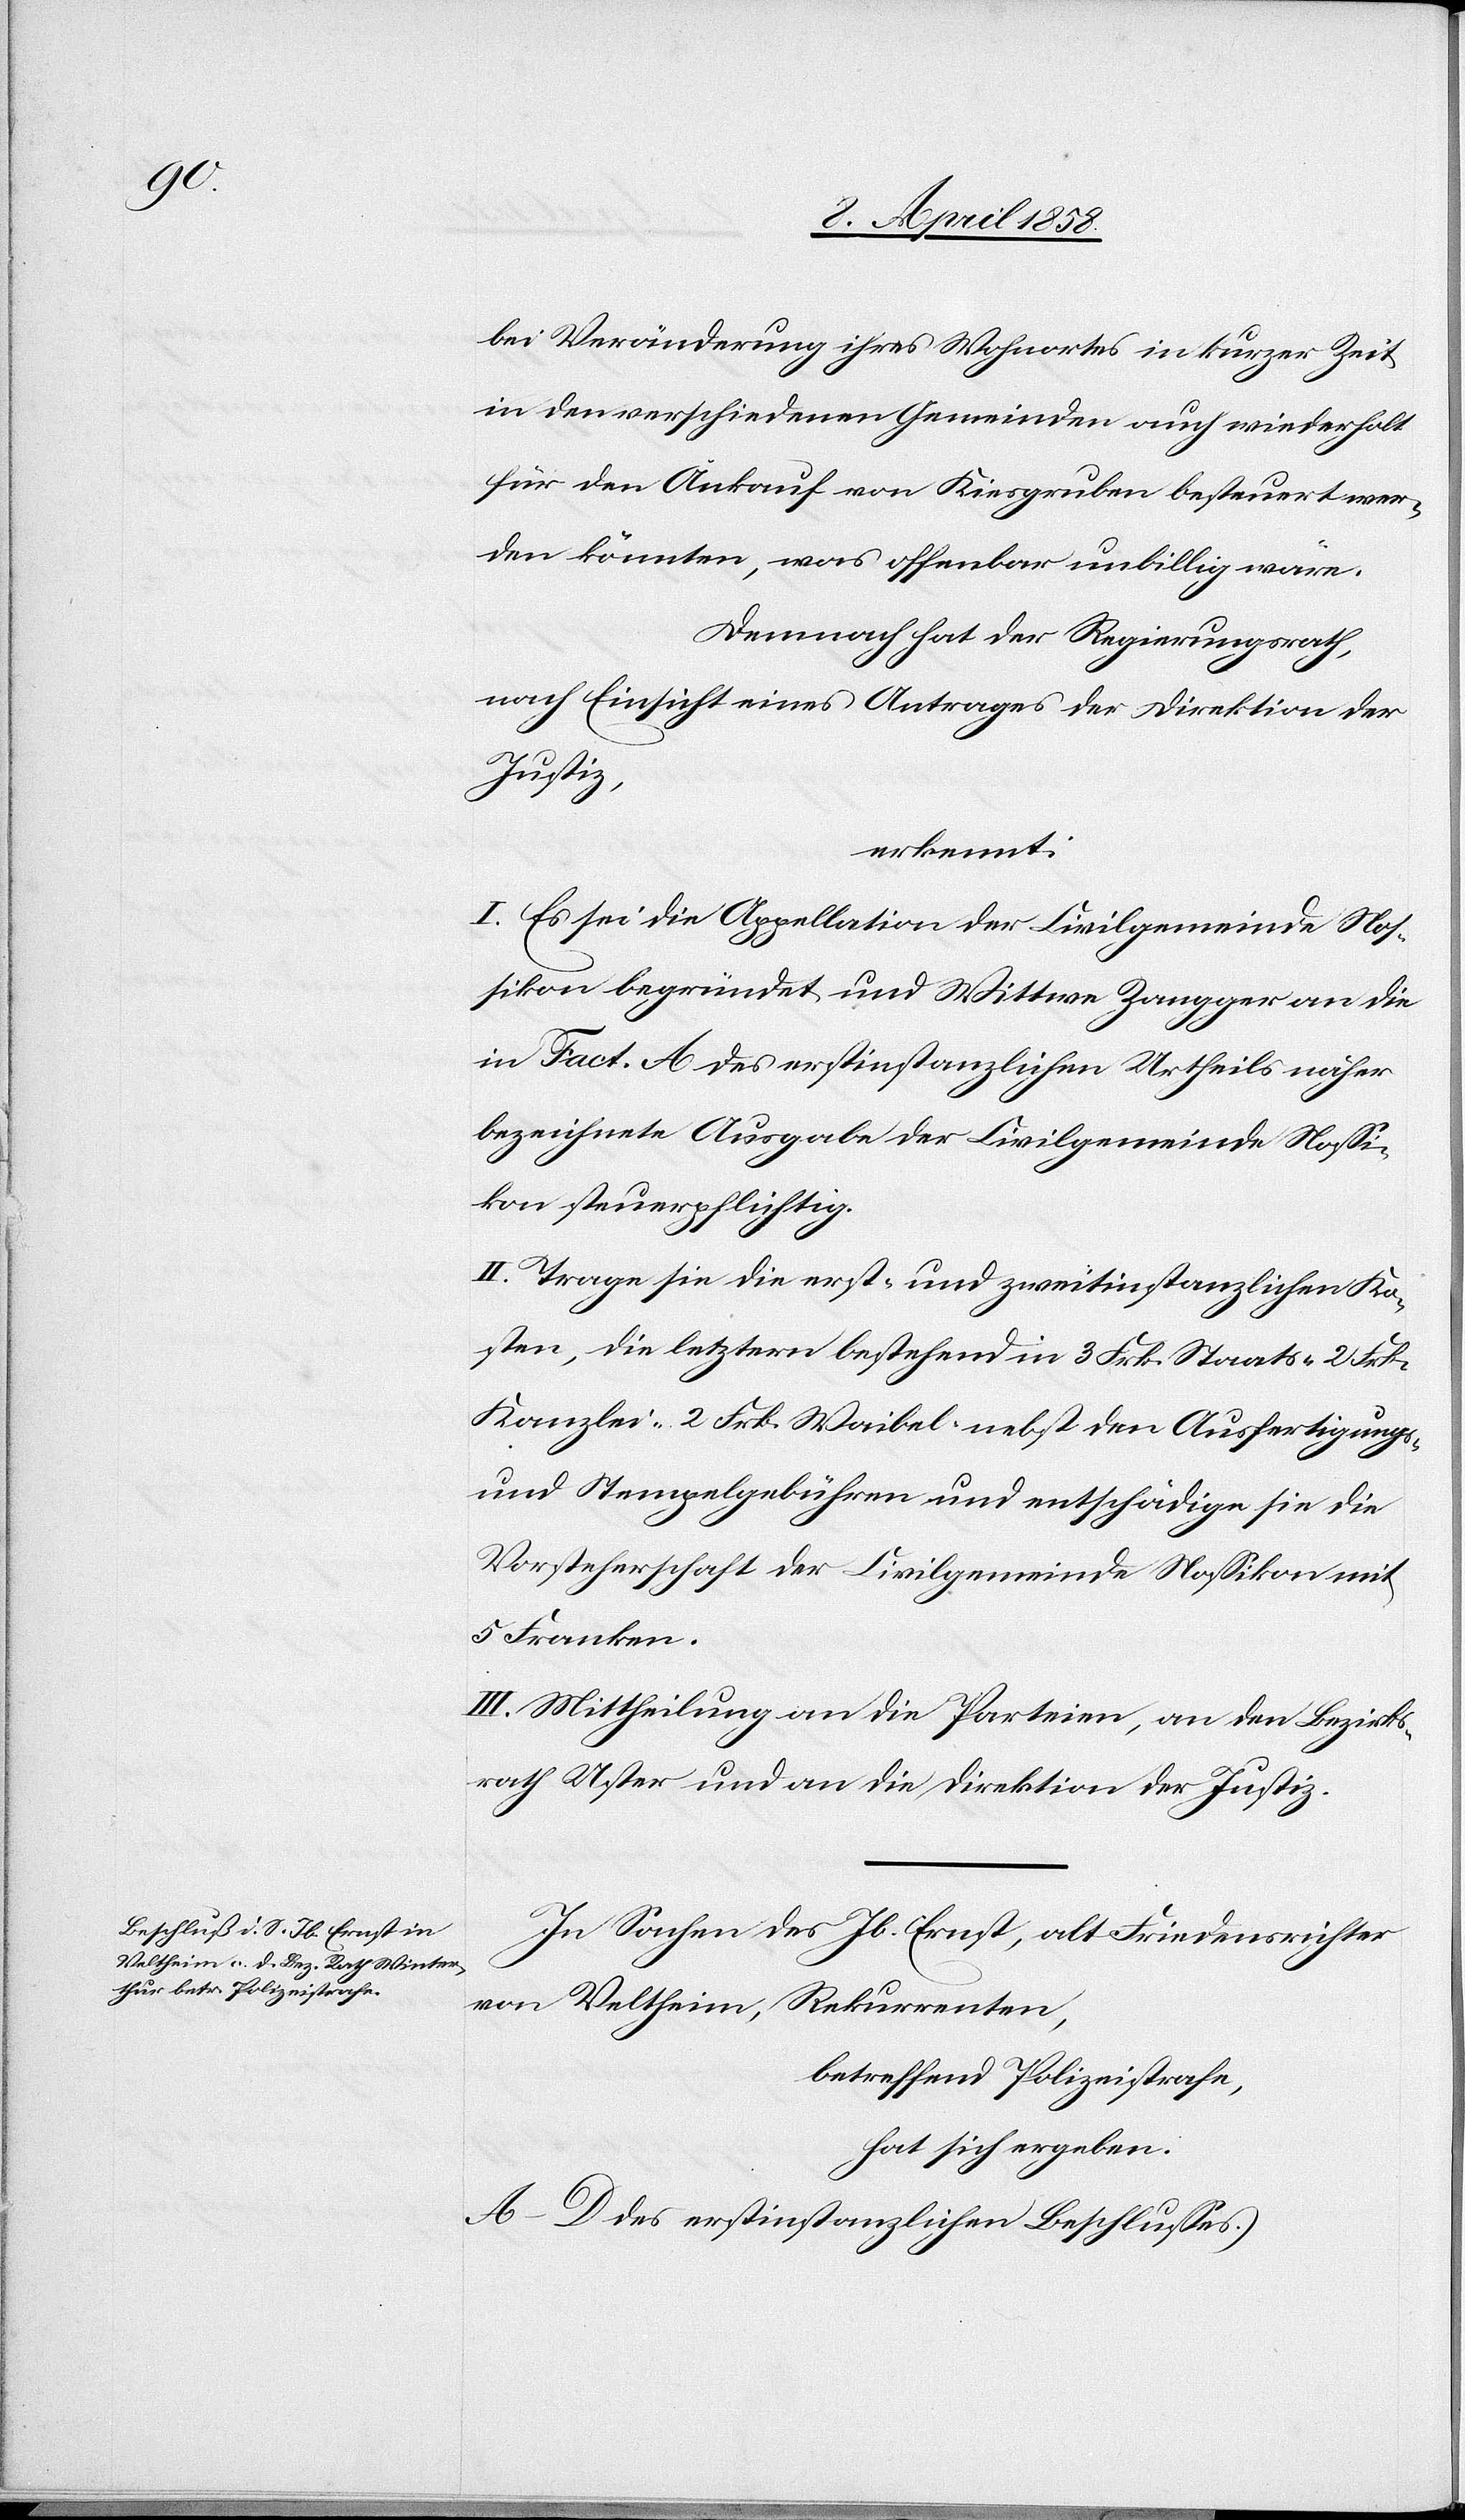
bei Veränderung ihres Wohnortes in kurzer Zeit
in den verschiedenen Gemeinden auch wiederholt
für den Ankauf von Kiesgruben besteuert wer¬
den könnten, was offenbar unbillig wäre.
Demnach hat der Regierungsrath,
nach Einsicht eines Antrages der Direktion der
Justiz,
erkennt:
I. Es sei die Appellation der Civilgemeinde Nos¬
sikon begründet und Wittwe Zangger an die
in Fact. A des erstinstanzlichen Urtheils näher
bezeichnete Ausgabe der Civilgemeinde Nossi¬
kon steuerpflichtig.
II. Tragen sie die erst- und zweitinstanzlichen Ko¬
sten, die letztern bestehend in 3 Frk. Staats- 2 Frk.
Kanzlei- 2 Frk. Waibel- nebst den Ausfertigungs-
und Stempelgebühren und entschädige sie die
Vorsteherschaft der Civilgemeinde Nossikon mit
5 Franken.
III. Mittheilung an die Parteien, an den Bezirks¬
rath Uster und an die Direktion der Justiz.
In Sachen des Jb. Ernst, alt Friedensrichter
von Veltheim, Rekurrenten,
betreffend Polizeistrafe,
hat sich ergeben:
A–D des erstinstanzlichen Beschlusses.